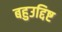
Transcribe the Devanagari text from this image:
बहुउद्दिष्ट